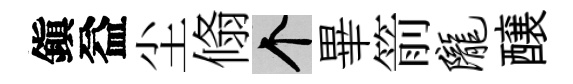
鎭益尘翛个畢箭陇醸